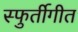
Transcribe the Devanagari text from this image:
स्फुर्तीगीत